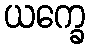
ယက္ခေ